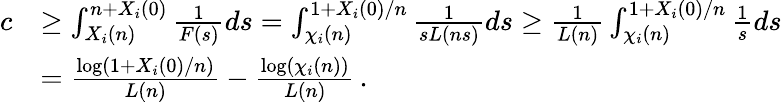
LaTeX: \begin{array}{rl}{c}&{\ge\int_{X_{i}(n)}^{n+X_{i}(0)}\frac{1}{F(s)}ds=\int_{\chi_{i}(n)}^{1+X_{i}(0)/n}\frac{1}{sL(ns)}ds\ge\frac{1}{L(n)}\int_{\chi_{i}(n)}^{1+X_{i}(0)/n}\frac{1}{s}ds}\\ &{=\frac{\log(1+X_{i}(0)/n)}{L(n)}-\frac{\log(\chi_{i}(n))}{L(n)}\, .}\end{array}